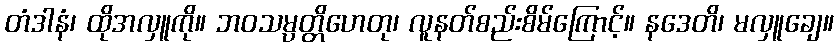
တံဒါနံ၊ ထိုအလှူကို။ ဘဝသမ္ပတ္တိဟေတု၊ လူနတ်စည်းစိမ်ကြောင့်။ နဒေတိ၊ မလှူချေ။